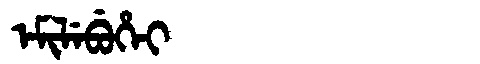
Manchu: ᡝᠮᡳᠯᡝᠪᡠᡥᡝᡳ
Romanization: EMILEBUHEI